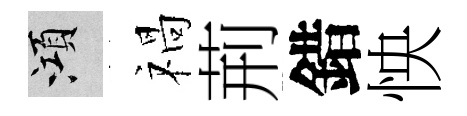
澒禍荊錯怏